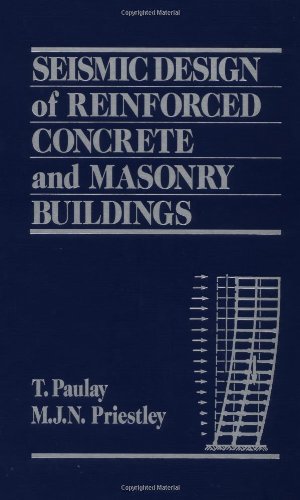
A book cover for Seismic Design of Reinforced Concrete and Masonry Buildings; Thomas Paulay; Science & Math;